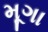
મૂગા